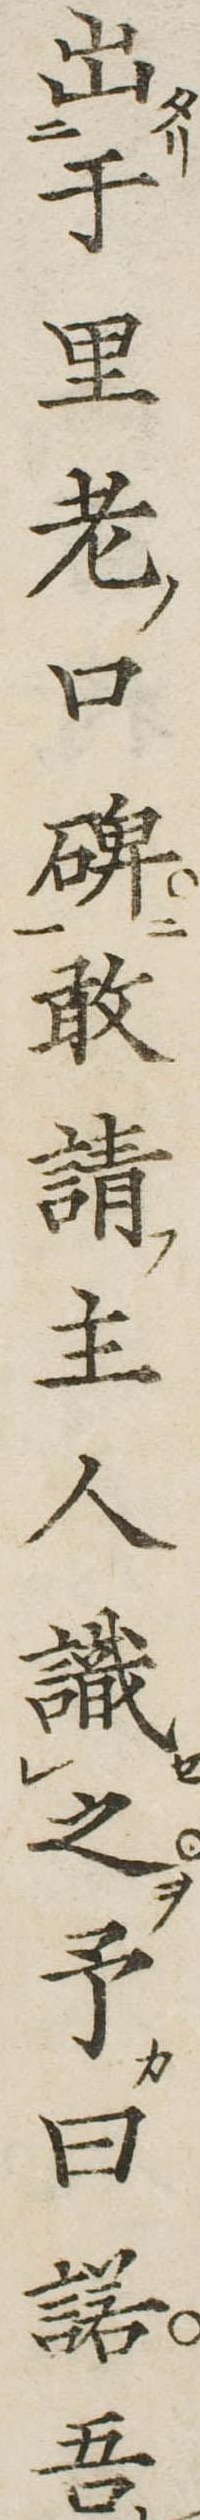
出于里老口碑敢請主人識之予曰諾吾